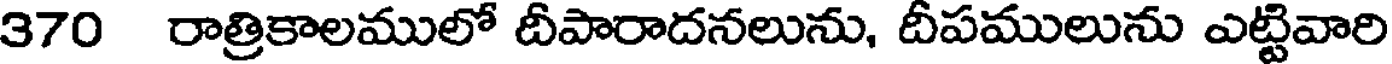
370 రాత్రికాలములో దీపారాదనలును, దీపములును ఎట్టివారి